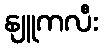
နျူကလီး